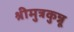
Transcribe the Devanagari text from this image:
श्रीमुत्रकुन्नू